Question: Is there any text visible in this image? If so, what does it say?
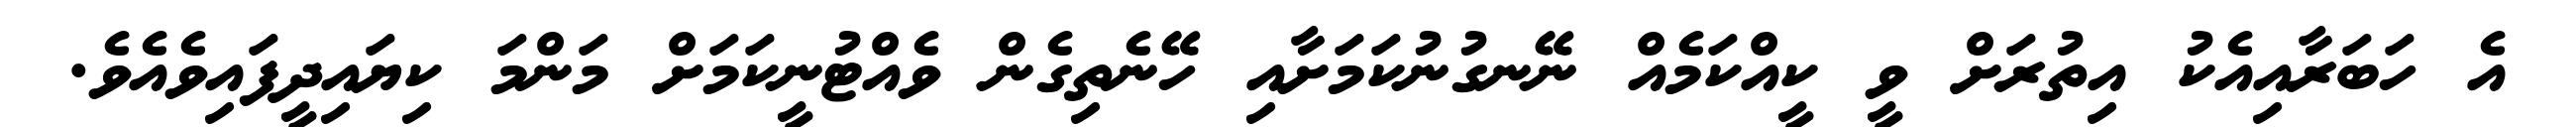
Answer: އެ ހަބަރާއިއެކު އިތުރަށް ވީ ކީއްކަމެއް ނޭނގުނުކަމަށާއި ހޭނެތިގެން ވެއްޓުނީކަމަށް މަންމަ ކިޔައިދީފައިވެއެވެ.